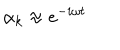
\alpha _ { k } \approx e ^ { - i \omega t }